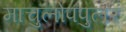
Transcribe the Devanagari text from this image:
माचुलोपपुलर